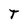
Character: T